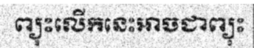
ព្យុះលើកនេះអាចជាព្យុះ